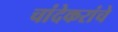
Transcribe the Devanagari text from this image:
चांदेकरांचे